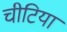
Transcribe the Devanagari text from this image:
चीटियां